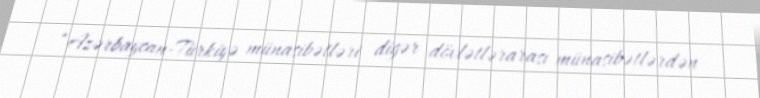
“Azərbaycan-Türkiyə münasibətləri digər dövlətlərarası münasibətlərdən